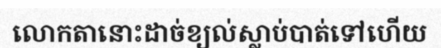
លោកតានោះដាច់ខ្យល់ស្លាប់បាត់ទៅហើយ